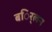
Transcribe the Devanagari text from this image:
बर्िलन